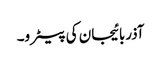
آذربائیجان کی پیٹرو۔